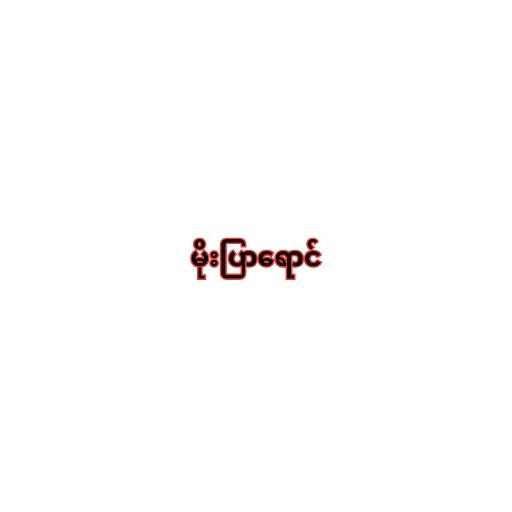
မိုးပြာရောင်